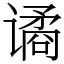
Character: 谲